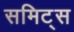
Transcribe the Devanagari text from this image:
समिट्स